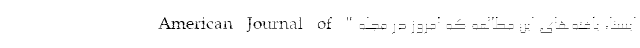
ایسنا، یافته‌های این مطالعه که امروز در مجله" American Journal of